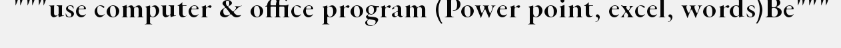
"""use computer & office program (Power point, excel, words)Be"""